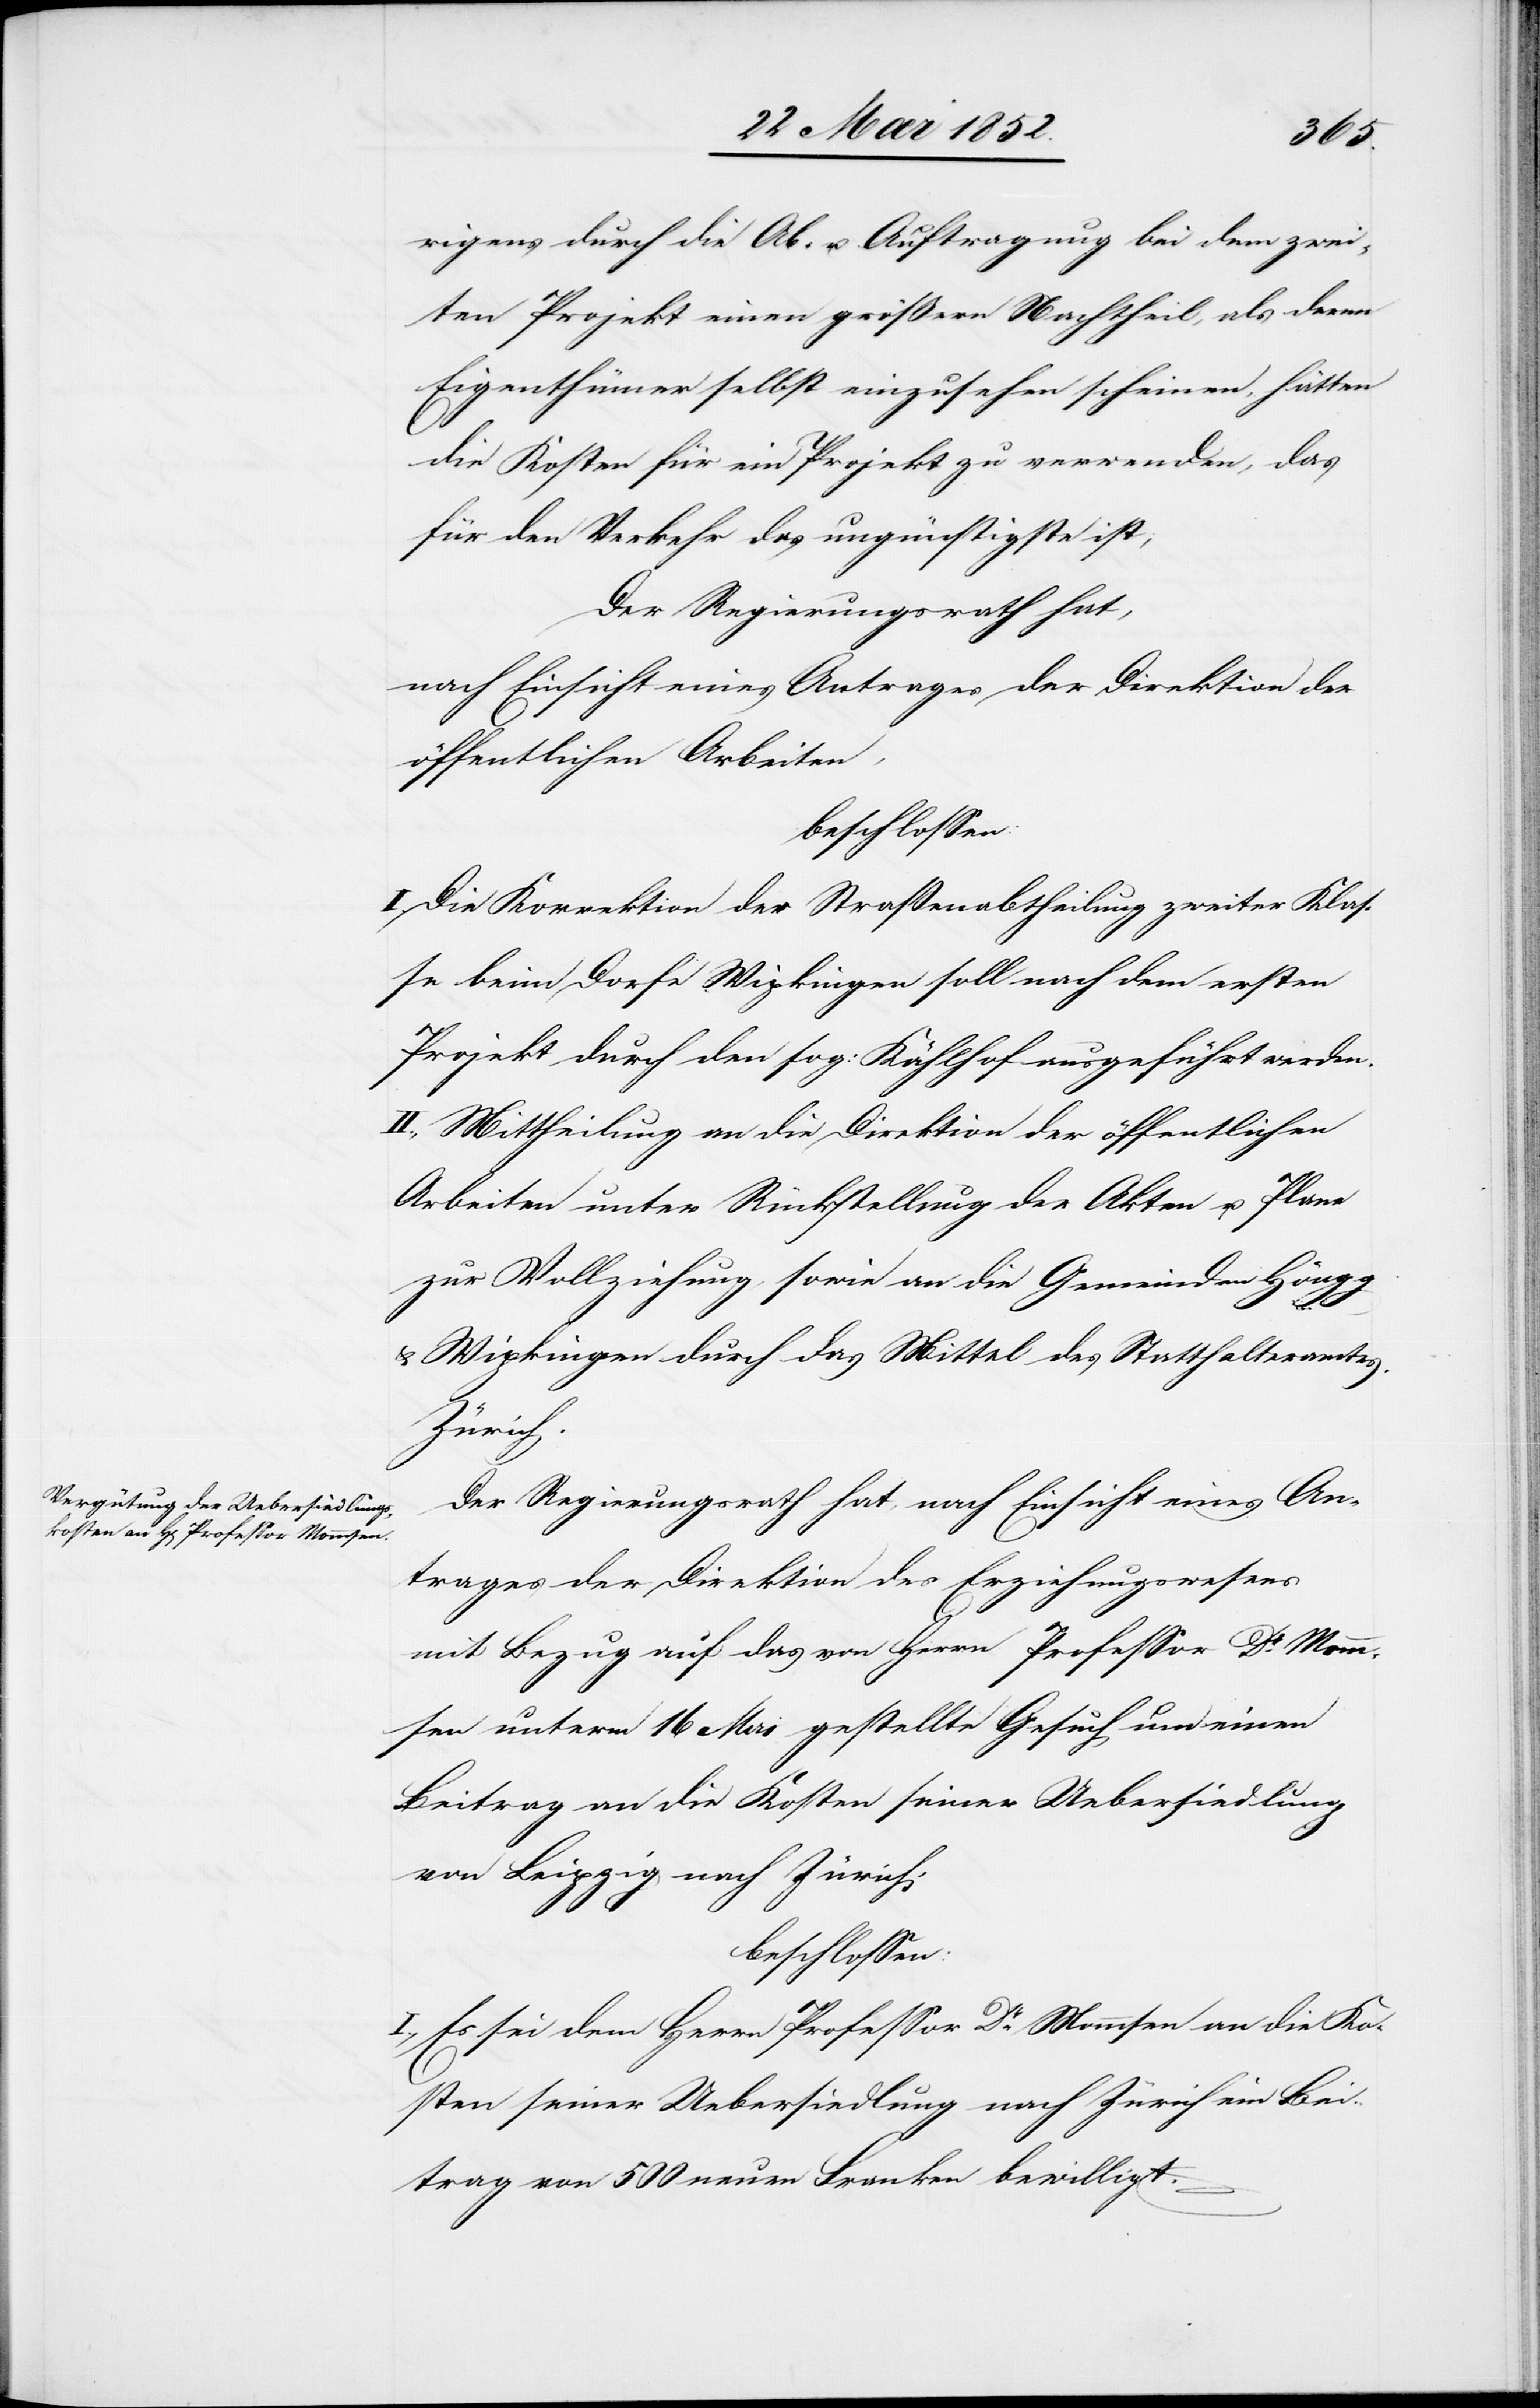
rigens durch die Ab- u. Auftragung bei dem zwei¬
ten Projekt einen grössern Nachtheil, als deren
Eigenthümer selbst einzusehen scheinen, hätten
die Kosten für ein Projekt zu verwenden, das
für den Verkehr das ungünstigste ist;
Der Regierungsrath hat,
nach Einsicht eines Antrages der Direktion der
öffentlichen Arbeiten,
beschlossen:
I. Die Korrektion der Straßenabtheilung zweiter Klas¬
se beim Dorfe Wipkingen soll nach dem ersten
Projekt durch den sog: Kählhof ausgeführt werden.
II., Mittheilung an die Direktion der öffentlichen
Arbeiten unter Rückstellung der Akten u. Plane
zur Vollziehung sowie an die Gemeinden Höngg
Wipkingen durch das Mittel des Statthalteramtes
Zürich.
Der Regierungsrath hat, nach Einsicht eines An¬
trages der Direktion des Erziehungswesens
mit Bezug auf das von Herrn Professor Dr. Momm¬
sen unterm 16 Mai gestellte Gesuch um einen
Beitrag an die Kosten seiner Uebersiedlung
von Leipzig nach Zürich,
beschlossen:
I., Es sei dem Herrn Professor Dr. Mommsen an die Ko¬
sten seiner Uebersiedlung nach Zürich ein Bei¬
trag von 500 neuen Franken bewilligt.